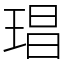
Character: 琩